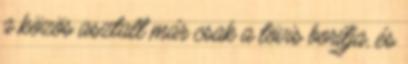
a közös asztalt már csak a tövis borítja, és